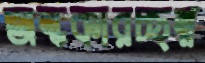
অন্ধকারচ্ছন্ন